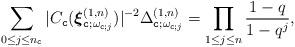
LaTeX: \begin{align*}\sum_{0\leq j\leq n_{\texttt{c}}} | C_{\texttt{c}}(\boldsymbol{\xi}^{(1,n)}_{\texttt{c};\omega_{\texttt{c}; j}}) |^{-2} \Delta^{(1,n)}_{\texttt{c};\omega_{\texttt{c};j} }= \prod_{1\leq j\leq n} \frac{1-q}{1-q^j} ,\end{align*}